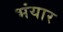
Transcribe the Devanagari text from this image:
भंयार